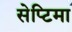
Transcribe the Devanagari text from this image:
सेप्टिमा